Medical and sanitary report of the native army of Bengal for the year
Year: 1875
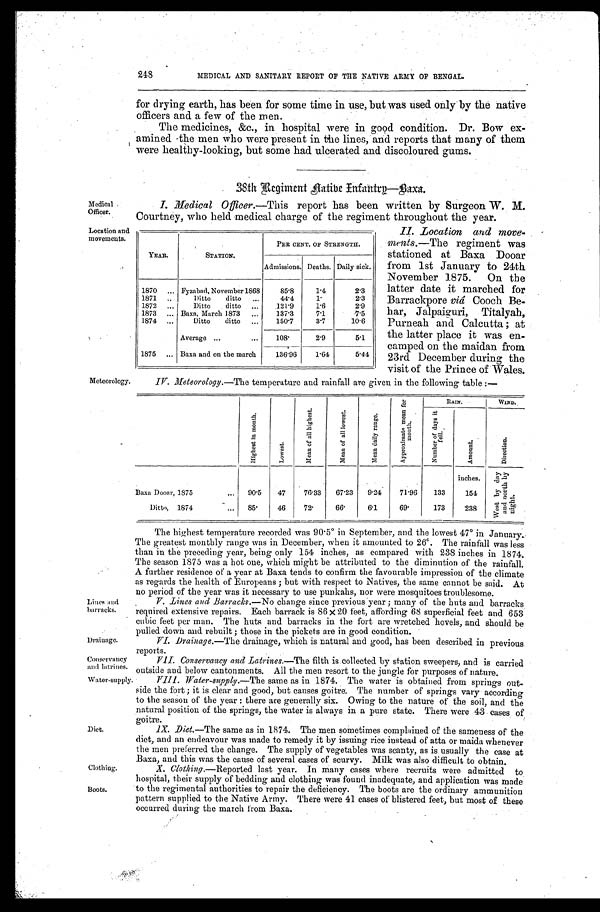
248
Medical
Officer.
MEDICAL AND SANITARY REPORT OF THE NATIVE ARMY OF BENGAL.
for drying earth, has been for some time in use, but was used only by the native
officers and a few of the men.
The medicines, &c., in hospital were in good condition. Dr. Bow ex
- a m i n e d t h e m e n w h o w e r e p r e s e n t i n t h e l i n e s , a n d r e p o r t s t h a t m a n y o f t h e m
were healthy-looking, but some had ulcerated and discoloured gums.
38th Regiment native Infantry-Baxa.
I. Medical Oflicer. —This report has been written by Surgeon W. M.
Courtney, who held medical charge of the regiment throughout the year.
Location and
movements.
Meteorology.
YEAR.
STATION.
PER CENT. OF STRENGTH.
Admissions. Deaths. Daily sick.
1870
Fyzabad, November 1868
85.8
1.4
2.3
1871
Ditto ditto
44.4
1 .
2.3
1872
Ditto ditto
121.9
1.6
2.9
1873
Baxa, March 1873
137.3
7.1
7.5
1874
Ditto ditto
150.7
3.7
10.6
Average
108.
2.9
5.1
1875
Baxa and on the march
136.96
1.64
5.44
I I . L o c a t i o n a n d m o v e -
ments. -The regiment was
stationed at Baxa Dooar
from 1st January to 24th
November 1875. On the
latter date it marched for
Barrackpore viâ Cooch Be
-har, Jalpaiguri, Titalyah,
Purneah and Calcutta; at
the latter place it was en
-camped on the maidan from
23rd December during the
visit of the Prince of Wales.
IV. Meteorology.—The temperature and rainfall are given in the following table:—
H i g h e s t i n m o n t h .
L o w e s t .
M e a n o f a l l h i g h e s t .
M e a n o f a l l l o w e s t .
M e a n d a i l y r a n g e .
A p p r o x i m a t e m e a n f o r m o n t h .
RAI N.
WIND.
N u m b e r o f d a y s i t f e l l .
A m o u n t .
D i r e c t i o n .
inches.
W e s t b y d a y a n d n o r t h b y n i g h t .
B a x a D o o a r , 1 8 7 5
90.5 47
7 6 . 3 3
67.23
9.24
71.96
133
154
Ditto, 1874
85.
46
72.
6 6 .
6.1
69.
173
238
Lines and
barracks.
Drainage.
Conservancy
and latrines.
Water-supply.
Diet.
Clothing.
Boots.
The highest temperature recorded was 90.5° in September, and the lowest 47° in January.
The greatest monthly range was in December, when it amounted to 26º. The rainfall was less
than in the preceding year, being only 154 inches, as compared with 238 inches in 1874.
The season 1875 was a hot one, which might be attributed to the diminution of the rainfall.
A further residence of a year at Baxa tends to confirm the favourable impression of the climate
as regards the health of Europeans; but with respect to Natives, the same cannot be said. At
no period of the year was it necessary to use punkahs, nor were mosquitoes troublesome.
V. Lines and Barracks. —No change since previous year; many of the huts and barracks
required extensive repairs. Each barrack is 86x20 feet, affording 68 superficial feet and 653
cubic feet per man. The huts and barracks in the fort are wretched hovels, and should be
pulled down and rebuilt; those in the pickets are in good condition.
VI. Drainage.—The drainage, which is natural and good, has been described in previous
reports.
VII. Conservancy and Latrines. —The filth is collected by station sweepers, and is carried
outside and below cantonments. All the men resort to the jungle for purposes of nature.
VIII.
Water-supply.—The same as in 1874. The water is obtained from springs out-
side the fort; it is clear and good, but causes goitre. The number of springs vary according
to the season of the year: there are generally six. Owing to the nature of the soil, and the
natural position of the springs, the water is always in a pure state. There were 43 cases of
goitre.
IX. Diet.—The same as in 1874. The men sometimes complained of the sameness of the
diet, and an endeavour was made to remedy it by issuing rice instead of atta or maida whenever
the men preferred the change. The supply of vegetables was scanty, as is usually the case at
Baxa, and this was the cause of several cases of scurvy. Milk was also difficult to obtain.
X. Clothing.—Reported last year. In many cases where recruits were admitted to
hospital, their supply of bedding and clothing was found inadequate, and application was made
to the regimental authorities to repair the deficiency. The boots are the ordinary ammunition
pattern supplied to the Native Army. There were 41 cases of blistered feet, but most of these
occurred during the march from Baxa.